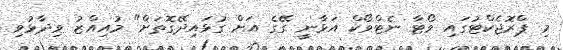
މި ޕްރޮޖެކްޓުގައި ވޯޓާ ނެޓްވޯކް އަޅާނީ ގޭގެ އަށް ގުޅައިދޭގޮތަށް" މުއިއްޒު ވިދާޅުވި